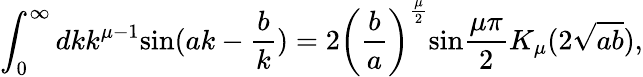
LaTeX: \int_{0}^{\infty}dkk^{{\mu}-1}\mathrm{sin}(ak-\frac{b}{k})=2\left(\frac{b}{a}\right)^{\frac{\mu}{2}}\mathrm{sin}\frac{{\mu}{\pi}}{2}K_{\mu}(2\sqrt{ab}),